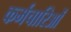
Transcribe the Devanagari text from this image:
कर्मचारिओं